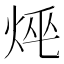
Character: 𤈯